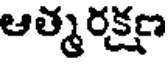
ఆత్మరక్షణ